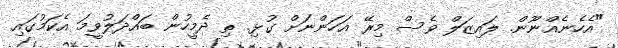
"އެހެނެއްނޫން. ލައިޒަލް ވެސް މިރޭ އަހަންނަށް ގުޅި. ތި ދެމީހުން ބައްދަލުވީމަ އެކަމުގައި